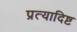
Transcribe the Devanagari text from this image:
प्रत्यादिष्ट